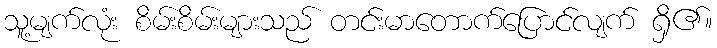
သူ့မျက်လုံး စိမ်းစိမ်းများသည် တင်းမာတောက်ပြောင်လျက် ရှိ၏။